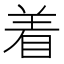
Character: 着